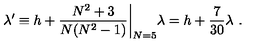
\lambda ^ { \prime } \equiv h + { \frac { N ^ { 2 } + 3 } { N ( N ^ { 2 } - 1 ) } } \biggl | _ { N = 5 } \lambda = h + { \frac { 7 } { 3 0 } } \lambda \ .